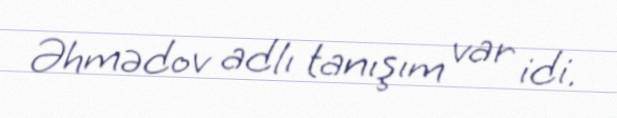
Əhmədov adlı tanışım var idi.